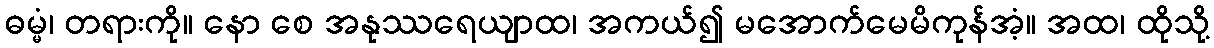
ဓမ္မံ၊ တရားကို။ နော စေ အနုဿရေယျာထ၊ အကယ်၍ မအောက်မေမိကုန်အံ့။ အထ၊ ထိုသို့